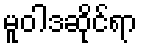
မူဝါဒဆိုင်ရာ